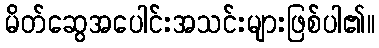
မိတ်ဆွေအပေါင်းအသင်းများဖြစ်ပါ၏။